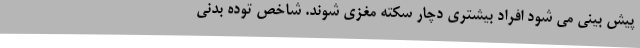
پیش بینی می شود افراد بیشتری دچار سکته مغزی شوند. شاخص توده بدنی